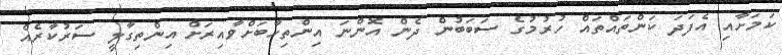
ކަމަށާއި އެފަދަ ކަންތައްތައް ހުރުމުގެ ސަބަބުން ދެން އޮންނަ އިންތިހާބަށްވާއިރަށް އިންތިގާލީ ސަރުކާރެއް